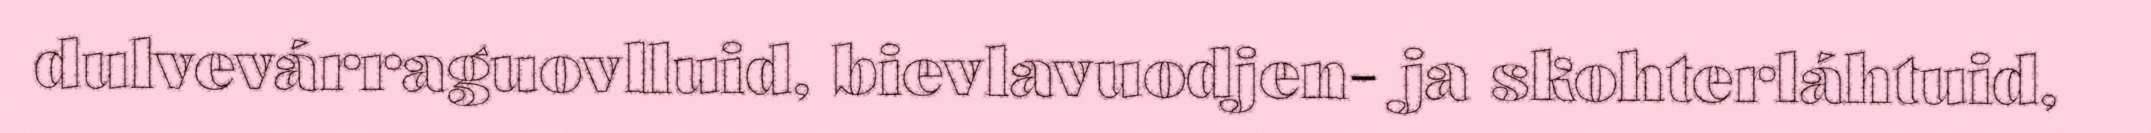
dulvevárraguovlluid, bievlavuodjen- ja skohterláhtuid,